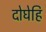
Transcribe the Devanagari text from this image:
दोघेहि